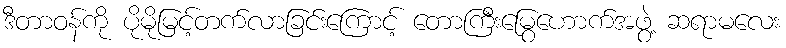
ဒီတာဝန်ကို ပိုမိုမြင့်တက်လာခြင်းကြောင့် တောကြီးမြွေဟောက်အဖွဲ့ ဆရာမလေး